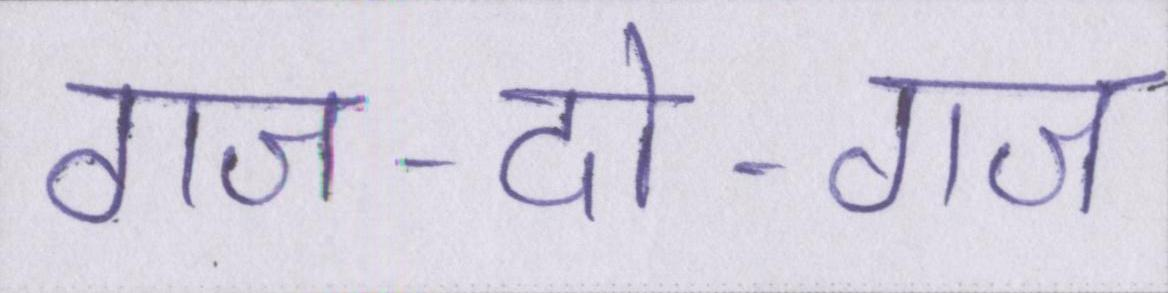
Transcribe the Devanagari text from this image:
गज-दो-गज